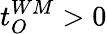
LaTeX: t_{O}^{WM}>0